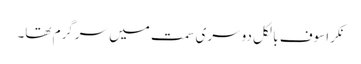
نکراسوف بالکل دوسری سمت میں سرگرم تھا۔